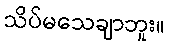
သိပ်မသေချာဘူး။